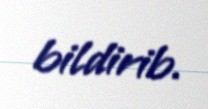
bildirib.